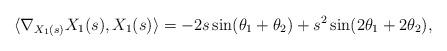
LaTeX: \begin{align*}\langle \nabla_{X_1(s)}X_1(s),X_1(s)\rangle &=-2s\sin(\theta_1+\theta_2)+s^2\sin(2\theta_1+2\theta_2),\end{align*}